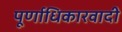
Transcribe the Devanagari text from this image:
पूर्णाधिकारवादी